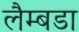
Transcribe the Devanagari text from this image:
लैम्बडा